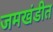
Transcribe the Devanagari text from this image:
जमखंडीत